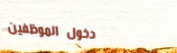
دخول الموظفين